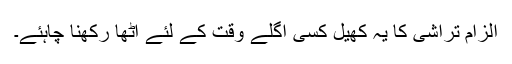
الزام تراشی کا یہ کھیل کسی اگلے وقت کے لئے اُٹھا رکھنا چاہئے۔